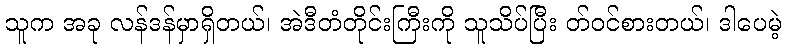
သူက အခု လန်ဒန်မှာရှိတယ်၊ အဲဒီတံတိုင်းကြီးကို သူသိပ်ပြီး တ်ဝင်စားတယ်၊ ဒါပေမဲ့